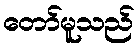
တော်မူသည်